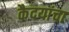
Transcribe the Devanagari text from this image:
कैदयांचा